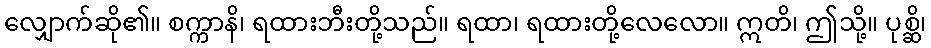
လျှောက်ဆို၏။ စက္ကာနိ၊ ရထားဘီးတို့သည်။ ရထာ၊ ရထားတို့လေလော။ ဣတိ၊ ဤသို့။ ပုစ္ဆိ၊